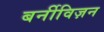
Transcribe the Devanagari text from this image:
बर्नीविज़न